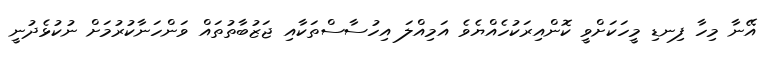
އޭނާ މިހާ ފިނޑި މީހަކަށްވީ ކޮންއިރަކުހެއްޔެވެ އަމިއްލަ އިހުސާސްތަކާއި ޖަޒުބާތުތައް ވަންހަނާކުރުމަށް ނުކުޅެދުނީ